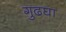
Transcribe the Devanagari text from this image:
गुढघा